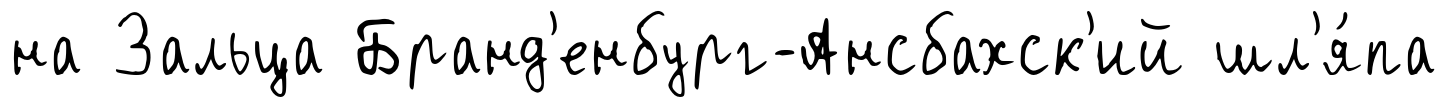
на Зальца Бранд'енбург-Ансбахск'ий шл'я́па